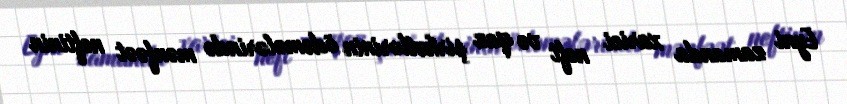
Eyni zamanda xarici neft və qaz şirkətlərinin ödəmələrində mənfəət neftinin